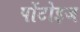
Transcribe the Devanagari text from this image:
पोंटोइज